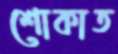
শোকাত